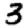
Digit: 3